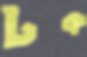
টক